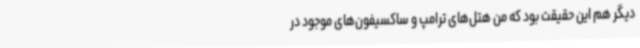
دیگر هم این حقیقت بود که من هتل‌های ترامپ و ساکسیفون‌های موجود در